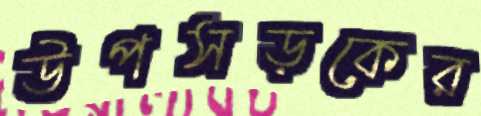
উপসড়কের